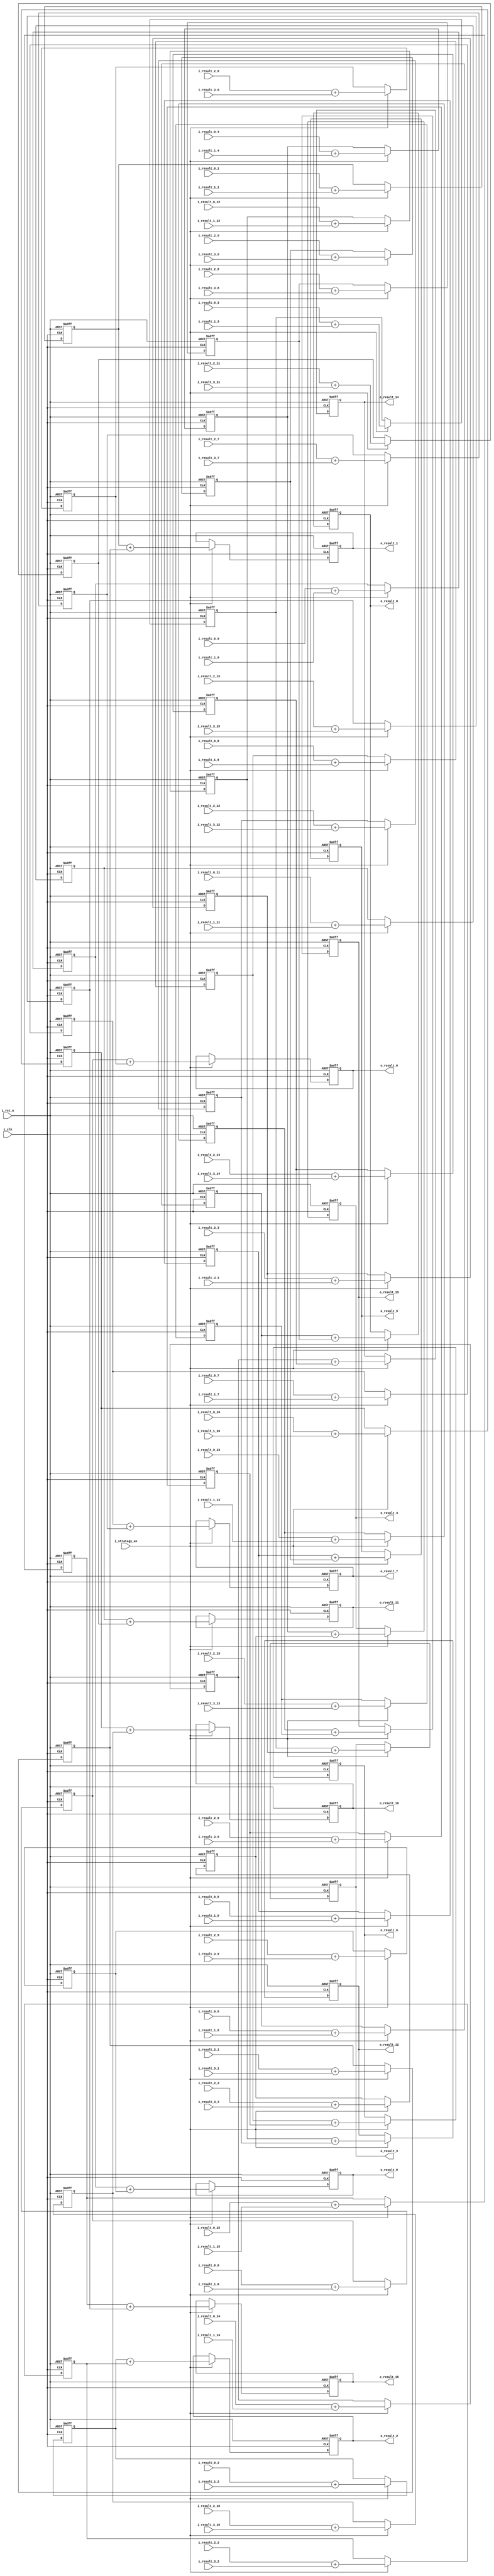
module strategy1_adder(
  input i_clk,
  input i_rst_n,
  input i_strategy_en,
  input signed [20:0] i_result_0_0,
  input signed [20:0] i_result_0_1,
  input signed [20:0] i_result_0_2,
  input signed [20:0] i_result_0_3,
  input signed [20:0] i_result_0_4,
  input signed [20:0] i_result_0_5,
  input signed [20:0] i_result_0_6,
  input signed [20:0] i_result_0_7,
  input signed [20:0] i_result_0_8,
  input signed [20:0] i_result_0_9,
  input signed [20:0] i_result_0_10,
  input signed [20:0] i_result_0_11,
  input signed [20:0] i_result_0_12,
  input signed [20:0] i_result_0_13,
  input signed [20:0] i_result_0_14,
  input signed [20:0] i_result_0_15,
  input signed [20:0] i_result_1_0,
  input signed [20:0] i_result_1_1,
  input signed [20:0] i_result_1_2,
  input signed [20:0] i_result_1_3,
  input signed [20:0] i_result_1_4,
  input signed [20:0] i_result_1_5,
  input signed [20:0] i_result_1_6,
  input signed [20:0] i_result_1_7,
  input signed [20:0] i_result_1_8,
  input signed [20:0] i_result_1_9,
  input signed [20:0] i_result_1_10,
  input signed [20:0] i_result_1_11,
  input signed [20:0] i_result_1_12,
  input signed [20:0] i_result_1_13,
  input signed [20:0] i_result_1_14,
  input signed [20:0] i_result_1_15,
  input signed [20:0] i_result_2_0,
  input signed [20:0] i_result_2_1,
  input signed [20:0] i_result_2_2,
  input signed [20:0] i_result_2_3,
  input signed [20:0] i_result_2_4,
  input signed [20:0] i_result_2_5,
  input signed [20:0] i_result_2_6,
  input signed [20:0] i_result_2_7,
  input signed [20:0] i_result_2_8,
  input signed [20:0] i_result_2_9,
  input signed [20:0] i_result_2_10,
  input signed [20:0] i_result_2_11,
  input signed [20:0] i_result_2_12,
  input signed [20:0] i_result_2_13,
  input signed [20:0] i_result_2_14,
  input signed [20:0] i_result_2_15,
  input signed [20:0] i_result_3_0,
  input signed [20:0] i_result_3_1,
  input signed [20:0] i_result_3_2,
  input signed [20:0] i_result_3_3,
  input signed [20:0] i_result_3_4,
  input signed [20:0] i_result_3_5,
  input signed [20:0] i_result_3_6,
  input signed [20:0] i_result_3_7,
  input signed [20:0] i_result_3_8,
  input signed [20:0] i_result_3_9,
  input signed [20:0] i_result_3_10,
  input signed [20:0] i_result_3_11,
  input signed [20:0] i_result_3_12,
  input signed [20:0] i_result_3_13,
  input signed [20:0] i_result_3_14,
  input signed [20:0] i_result_3_15,
  output reg signed [22:0] o_result_0,
  output reg signed [22:0] o_result_1,
  output reg signed [22:0] o_result_2,
  output reg signed [22:0] o_result_3,
  output reg signed [22:0] o_result_4,
  output reg signed [22:0] o_result_5,
  output reg signed [22:0] o_result_6,
  output reg signed [22:0] o_result_7,
  output reg signed [22:0] o_result_8,
  output reg signed [22:0] o_result_9,
  output reg signed [22:0] o_result_10,
  output reg signed [22:0] o_result_11,
  output reg signed [22:0] o_result_12,
  output reg signed [22:0] o_result_13,
  output reg signed [22:0] o_result_14,
  output reg signed [22:0] o_result_15
);

  reg signed [21:0] temp_0_0;
  reg signed [21:0] temp_0_1;
  reg signed [21:0] temp_1_0;
  reg signed [21:0] temp_1_1;
  reg signed [21:0] temp_2_0;
  reg signed [21:0] temp_2_1;
  reg signed [21:0] temp_3_0;
  reg signed [21:0] temp_3_1;
  reg signed [21:0] temp_4_0;
  reg signed [21:0] temp_4_1;
  reg signed [21:0] temp_5_0;
  reg signed [21:0] temp_5_1;
  reg signed [21:0] temp_6_0;
  reg signed [21:0] temp_6_1;
  reg signed [21:0] temp_7_0;
  reg signed [21:0] temp_7_1;
  reg signed [21:0] temp_8_0;
  reg signed [21:0] temp_8_1;
  reg signed [21:0] temp_9_0;
  reg signed [21:0] temp_9_1;
  reg signed [21:0] temp_10_0;
  reg signed [21:0] temp_10_1;
  reg signed [21:0] temp_11_0;
  reg signed [21:0] temp_11_1;
  reg signed [21:0] temp_12_0;
  reg signed [21:0] temp_12_1;
  reg signed [21:0] temp_13_0;
  reg signed [21:0] temp_13_1;
  reg signed [21:0] temp_14_0;
  reg signed [21:0] temp_14_1;
  reg signed [21:0] temp_15_0;
  reg signed [21:0] temp_15_1;

  always@(posedge i_clk or negedge i_rst_n)begin
    if(!i_rst_n)begin
      o_result_0   <= 23'd0;
      o_result_1   <= 23'd0;
      o_result_2   <= 23'd0;
      o_result_3   <= 23'd0;
      o_result_4   <= 23'd0;
      o_result_5   <= 23'd0;
      o_result_6   <= 23'd0;
      o_result_7   <= 23'd0;
      o_result_8   <= 23'd0;
      o_result_9   <= 23'd0;
      o_result_10  <= 23'd0;
      o_result_11  <= 23'd0;
      o_result_12  <= 23'd0;
      o_result_13  <= 23'd0;
      o_result_14  <= 23'd0;
      o_result_15  <= 23'd0;
    end else if(i_strategy_en)begin
      o_result_0   <= temp_0_0 + temp_0_1;
      o_result_1   <= temp_1_0 + temp_1_1;
      o_result_2   <= temp_2_0 + temp_2_1;
      o_result_3   <= temp_3_0 + temp_3_1;
      o_result_4   <= temp_4_0 + temp_4_1;
      o_result_5   <= temp_5_0 + temp_5_1;
      o_result_6   <= temp_6_0 + temp_6_1;
      o_result_7   <= temp_7_0 + temp_7_1;
      o_result_8   <= temp_8_0 + temp_8_1;
      o_result_9   <= temp_9_0 + temp_9_1;
      o_result_10  <= temp_10_0 + temp_10_1;
      o_result_11  <= temp_11_0 + temp_11_1;
      o_result_12  <= temp_12_0 + temp_12_1;
      o_result_13  <= temp_13_0 + temp_13_1;
      o_result_14  <= temp_14_0 + temp_14_1;
      o_result_15  <= temp_15_0 + temp_15_1;
    end
  end

  always@(posedge i_clk or negedge i_rst_n)begin
    if(!i_rst_n)begin
      temp_0_0  <= 22'd0;
      temp_0_1  <= 22'd0;
      temp_1_0  <= 22'd0;
      temp_1_1  <= 22'd0;
      temp_2_0  <= 22'd0;
      temp_2_1  <= 22'd0;
      temp_3_0  <= 22'd0;
      temp_3_1  <= 22'd0;
      temp_4_0  <= 22'd0;
      temp_4_1  <= 22'd0;
      temp_5_0  <= 22'd0;
      temp_5_1  <= 22'd0;
      temp_6_0  <= 22'd0;
      temp_6_1  <= 22'd0;
      temp_7_0  <= 22'd0;
      temp_7_1  <= 22'd0;
      temp_8_0  <= 22'd0;
      temp_8_1  <= 22'd0;
      temp_9_0  <= 22'd0;
      temp_9_1  <= 22'd0;
      temp_10_0 <= 22'd0;
      temp_10_1 <= 22'd0;
      temp_11_0 <= 22'd0;
      temp_11_1 <= 22'd0;
      temp_12_0 <= 22'd0;
      temp_12_1 <= 22'd0;
      temp_13_0 <= 22'd0;
      temp_13_1 <= 22'd0;
      temp_14_0 <= 22'd0;
      temp_14_1 <= 22'd0;
      temp_15_0 <= 22'd0;
      temp_15_1 <= 22'd0;
    end else if(i_strategy_en)begin
      temp_0_0  <= i_result_0_0 + i_result_1_0;
      temp_0_1  <= i_result_2_0 + i_result_3_0;
      temp_1_0  <= i_result_0_1 + i_result_1_1;
      temp_1_1  <= i_result_2_1 + i_result_3_1;
      temp_2_0  <= i_result_0_2 + i_result_1_2;
      temp_2_1  <= i_result_2_2 + i_result_3_2;
      temp_3_0  <= i_result_0_3 + i_result_1_3;
      temp_3_1  <= i_result_2_3 + i_result_3_3;
      temp_4_0  <= i_result_0_4 + i_result_1_4;
      temp_4_1  <= i_result_2_4 + i_result_3_4;
      temp_5_0  <= i_result_0_5 + i_result_1_5;
      temp_5_1  <= i_result_2_5 + i_result_3_5;
      temp_6_0  <= i_result_0_6 + i_result_1_6;
      temp_6_1  <= i_result_2_6 + i_result_3_6;
      temp_7_0  <= i_result_0_7 + i_result_1_7;
      temp_7_1  <= i_result_2_7 + i_result_3_7;
      temp_8_0  <= i_result_0_8 + i_result_1_8;
      temp_8_1  <= i_result_2_8 + i_result_3_8;
      temp_9_0  <= i_result_0_9 + i_result_1_9;
      temp_9_1  <= i_result_2_9 + i_result_3_9;
      temp_10_0 <= i_result_0_10 + i_result_1_10;
      temp_10_1 <= i_result_2_10 + i_result_3_10;
      temp_11_0 <= i_result_0_11 + i_result_1_11;
      temp_11_1 <= i_result_2_11 + i_result_3_11;
      temp_12_0 <= i_result_0_12 + i_result_1_12;
      temp_12_1 <= i_result_2_12 + i_result_3_12;
      temp_13_0 <= i_result_0_13 + i_result_1_13;
      temp_13_1 <= i_result_2_13 + i_result_3_13;
      temp_14_0 <= i_result_0_14 + i_result_1_14;
      temp_14_1 <= i_result_2_14 + i_result_3_14;
      temp_15_0 <= i_result_0_15 + i_result_1_15;
      temp_15_1 <= i_result_2_15 + i_result_3_15;
    end
  end

endmodule